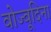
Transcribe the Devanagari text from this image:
वोज्वूदिना